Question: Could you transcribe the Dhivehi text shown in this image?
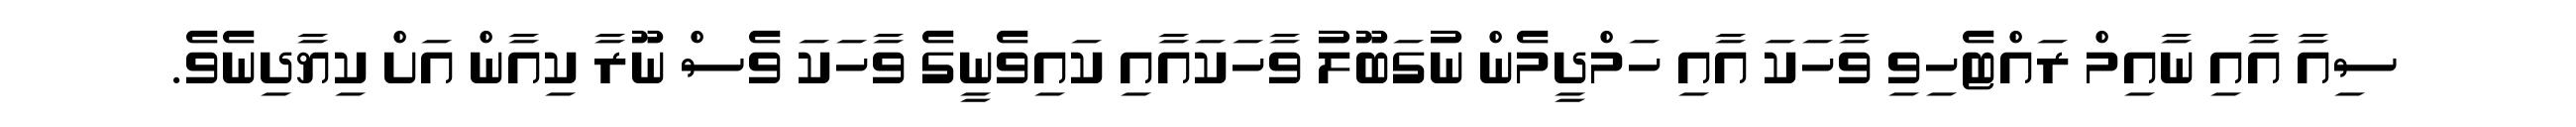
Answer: ސިއާ އާއި ނާއިމް ރައްޓެހިވި ވާހަކަ އާއި ހަމްދީމެން ނުގަބޫލު ވާހަކައާއި ކައިވެނީގެ ވާހަކަ ވެސް ނޫރާ ކިއާން އަށް ކިޔާދިނެވެ.